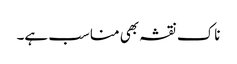
ناک نقشہ بھی مناسب ہے۔